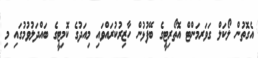
އެގޮތުން ލޯކަލް ގަވަރމަންޓް އޮތޯރިޓީގެ ބޭފުޅުން ހާޒިރުކުރައްވައި މިއަދުގެ ކޮމިޓީގެ ބައްދަލުވުމުގައި މި